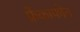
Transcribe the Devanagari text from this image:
फ्रेंकाफोन